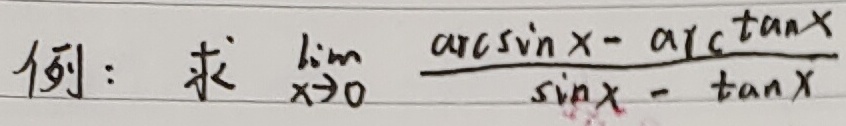
例：求 $\lim_{x\to0}\frac{\arcsin x - \arctan x}{\sin x - \tan x}$ 。